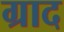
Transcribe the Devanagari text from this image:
ग्राद